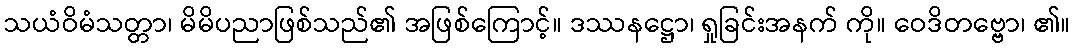
သယံဝိမံသတ္တာ၊ မိမိပညာဖြစ်သည်၏ အဖြစ်ကြောင့်။ ဒဿနဋ္ဌော၊ ရှုခြင်းအနက် ကို။ ဝေဒိတဗ္ဗော၊ ၏။